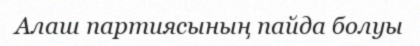
Алаш партиясының пайда болуы